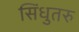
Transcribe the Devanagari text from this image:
सिंधुतरु